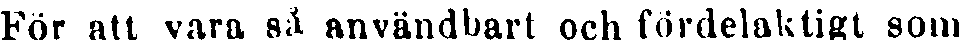
För att vara så användbart och fördelaktigt som